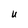
Character: U